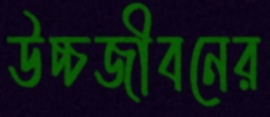
উচ্চজীবনের